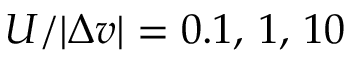
U / | \Delta v | = 0 . 1 , \, 1 , \, 1 0